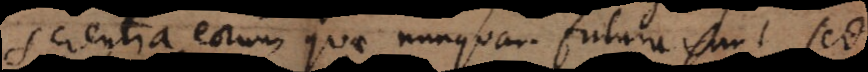
scientia eorum quae nunquam futura sunt, sed